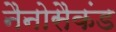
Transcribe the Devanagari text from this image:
नैनोसैकंड